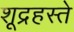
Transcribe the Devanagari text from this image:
शूद्रहस्ते